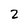
Character: 2